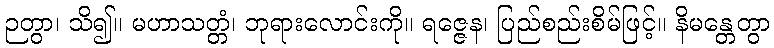
ဉတွာ၊ သိ၍။ မဟာသတ္တံ၊ ဘုရားလောင်းကို။ ရဇ္ဇေန၊ ပြည်စည်းစိမ်ဖြင့်။ နိမန္တေတွာ